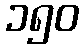
၁၅၀